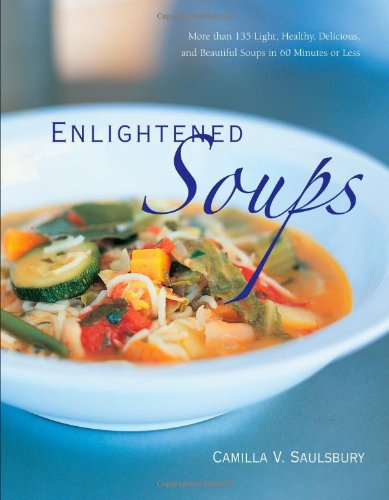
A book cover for Enlightened Soups: More Than 135 Light, Healthy, Delicious and Beautiful Soups in 60 Minutes or Less; Camilla Saulsbury; Cookbooks, Food & Wine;